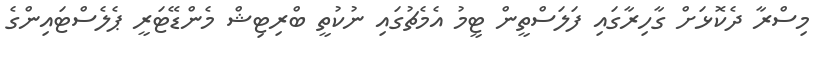
މިސްރާ ދެކޮޅަށް ގާހިރާގައި ފަލަސްތީން ޓީމު އެމެޗުގައި ނުކުތީ ބްރިޓިޝް މެންޑޭޓަރީ ޕެލެސްޓައިންގެ